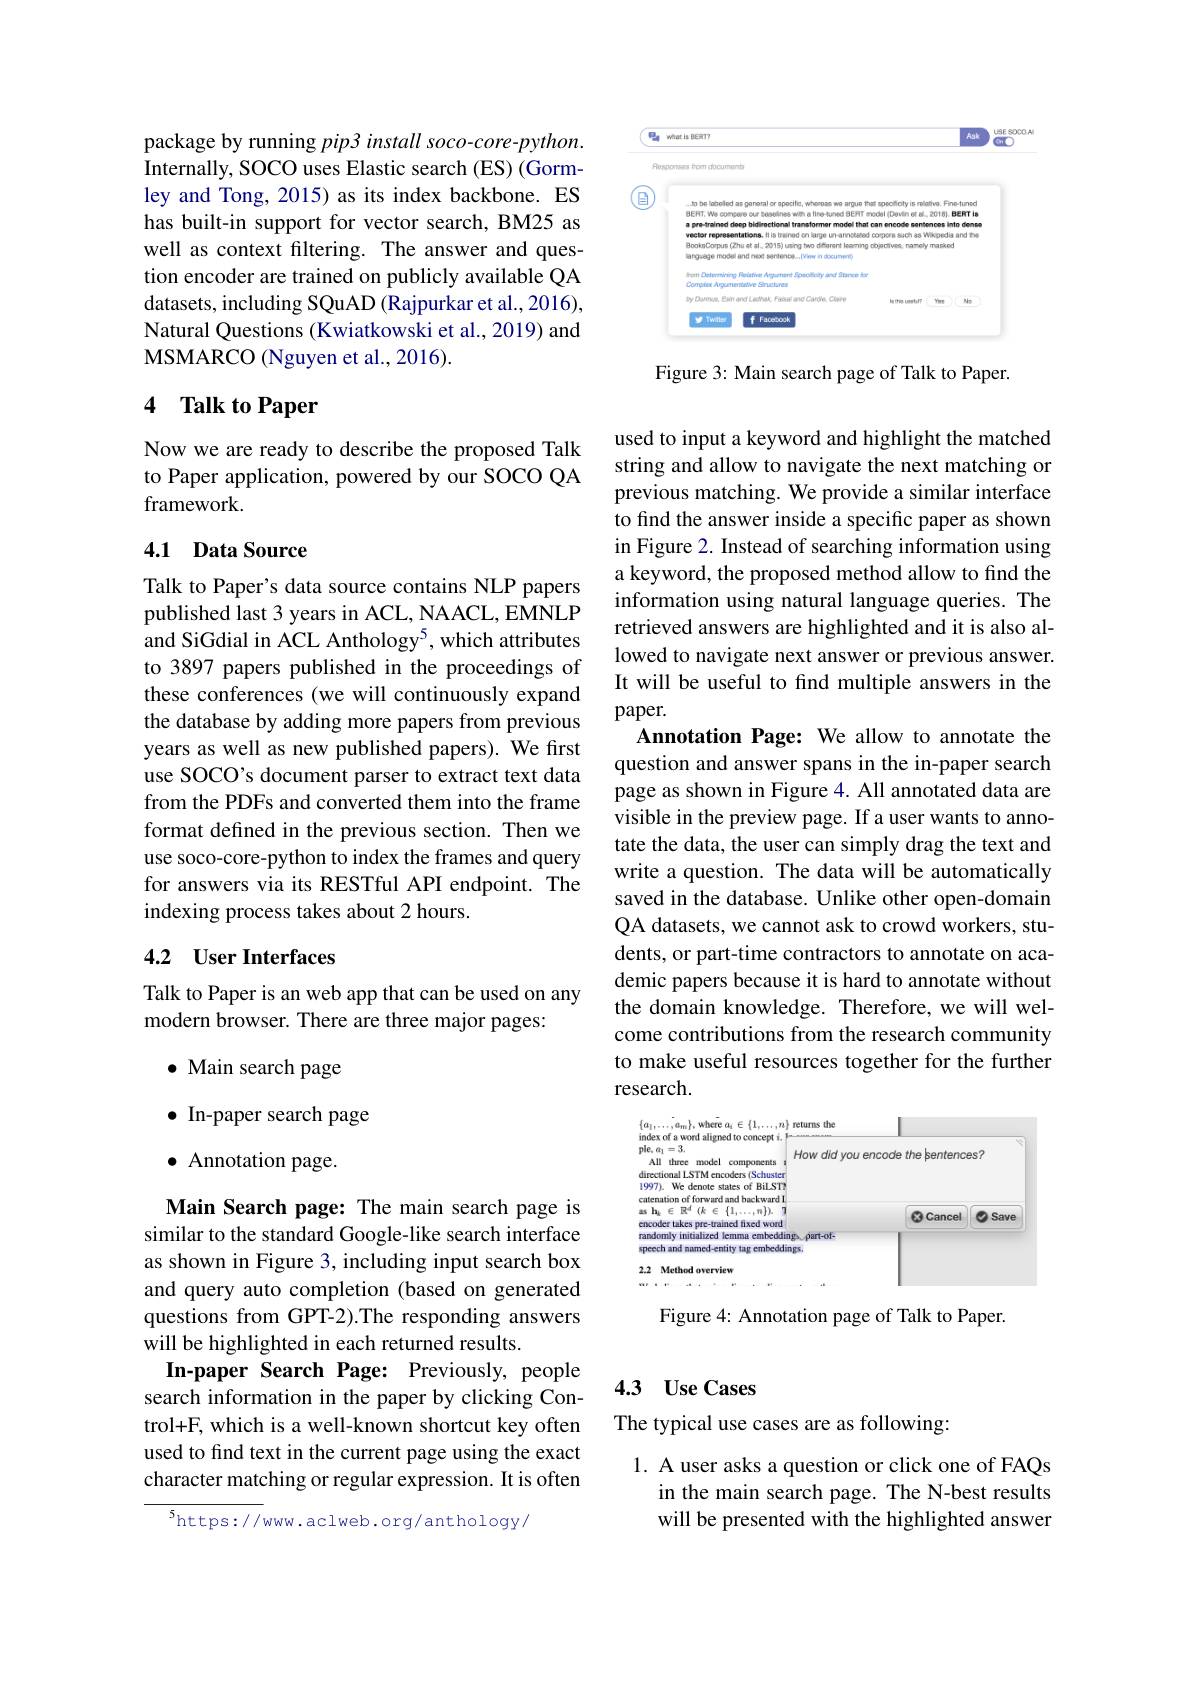
package by running pip3 install soco-core-python. Internally, SOCO uses Elastic search (ES) (Gormley and Tong, 2015) as its index backbone. ES has built-in support for vector search, BM25 as well as context filtering. The answer and question encoder are trained on publicly available QA datasets, including SQuAD (Rajpurkar et al., 2016), Natural Questions (Kwiatkowski et al., 2019) and MSMARCO (Nguyen et al., 2016).

## 4 Talk to Paper

Now we are ready to describe the proposed Talk to Paper application, powered by our SOCO QA framework.

### 4.1 Data Source

Talk to Paper's data source contains NLP papers published last 3 years in ACL, NAACL, EMNLP and SiGdial in ACL Anthology$^{5}$, which attributes to 3897 papers published in the proceedings of these conferences (we will continuously expand the database by adding more papers from previous years as well as new published papers). We first use SOCO's document parser to extract text data from the PDFs and converted them into the frame format defined in the previous section. Then we use soco-core-python to index the frames and query for answers via its RESTful API endpoint. The indexing process takes about 2 hours.

## 4.2 User Interfaces

Talk to Paper is an web app that can be used on any
modern browser. There are three major pages:

· Main search page
$\bullet$ In-paper search page
$\bullet$ Annotation page.
Main Search page: The main search page is similar to the standard Google-like search interface as shown in Figure 3, including input search box and query auto completion (based on generated questions from GPT-2).The responding answers will be highlighted in each returned results.
In-paper Search Page: Previously, people search information in the paper by clicking Control+F, which is a well-known shortcut key often used to find text in the current page using the exact character matching or regular expression. It is often

$^{5}$https://www.aclweb.org/anthology/

<FigureHere>

Figure 3: Main search page of Talk to Paper.

used to input a keyword and highlight the matched string and allow to navigate the next matching or previous matching. We provide a similar interface to find the answer inside a specific paper as shown in Figure 2. Instead of searching information using a keyword, the proposed method allow to find the information using natural language queries. The retrieved answers are highlighted and it is also allowed to navigate next answer or previous answer It will be useful to find multiple answers in the paper.
Annotation Page: We allow to annotate the question and answer spans in the in-paper search page as shown in Figure 4. All annotated data are visible in the preview page. If a user wants to annotate the data, the user can simply drag the text and write a question. The data will be automatically saved in the database. Unlike other open-domain QA datasets, we cannot ask to crowd workers, students, or part-time contractors to annotate on academic papers because it is hard to annotate without the domain knowledge. Therefore, we will welcome contributions from the research community to make useful resources together for the further research.

<FigureHere>

Figure 4: Annotation page of Talk to Paper.

### 4.3 $\mathbf{UseCases}$

The typical use cases are as following:

1. A user asks a question or click one of FAQs
in the main search page. The N-best results will be presented with the highlighted answer